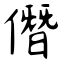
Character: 僭